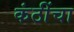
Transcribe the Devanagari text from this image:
कंठींचा